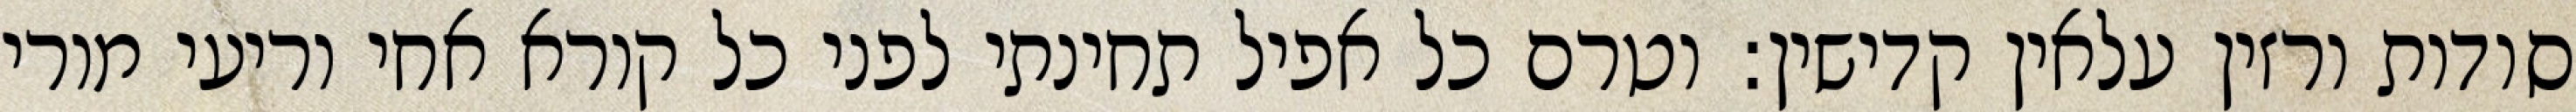
סודות ורזין עלאין קדישין: וטרם כל אפיל תחינתי לפני כל קורא אחי וריעי מורי